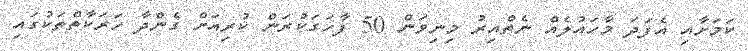
ކަމަށާއި އެފަދަ މާހައުލެއް ނެތްއިރު މިނިވަން 50 ފާހަގަކުރަން ކުރިއަށް ގެންދާ ހަރަކާތްތަކުގައި